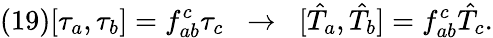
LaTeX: (19)[\tau_{a},\tau_{b}]=f_{ab}^{c}\tau_{c}\; \; \rightarrow\; \; [\hat{T}_{a},\hat{T}_{b}]=f_{ab}^{c}\hat{T}_{c}.